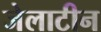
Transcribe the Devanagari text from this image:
जेलाटीन